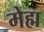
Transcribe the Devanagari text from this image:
मेह्म